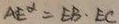
A E ^ { \alpha } = E B \cdot E C